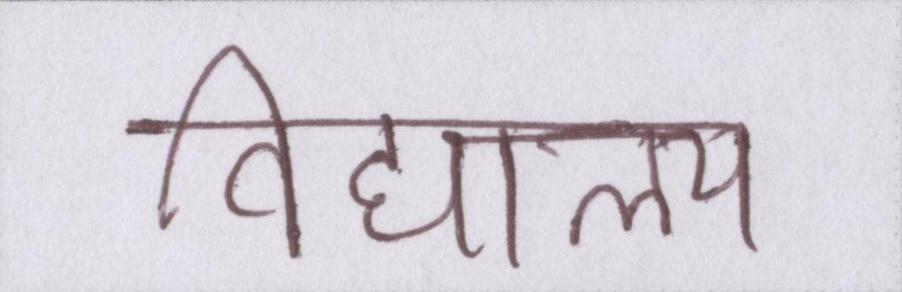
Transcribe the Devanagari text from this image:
विद्यालय